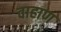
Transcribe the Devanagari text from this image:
वाहाण